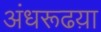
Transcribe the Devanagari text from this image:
अंधरूढय़ा